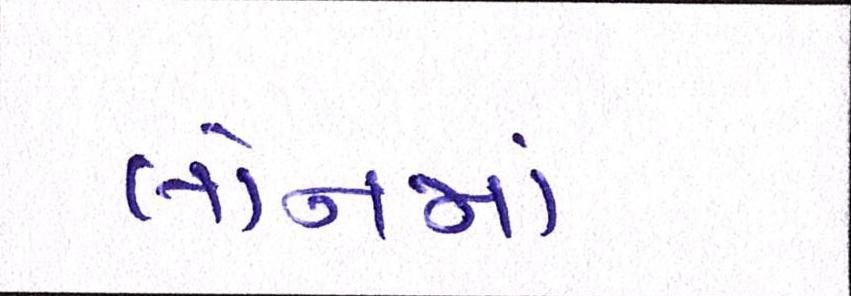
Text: લોનમાં